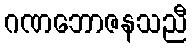
ဂဏဘောဇနသညီ